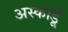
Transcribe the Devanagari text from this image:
अस्कार्डू